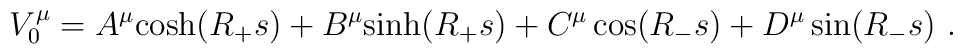
V_{0}^{\mu}=A^{\mu}{\rm cosh}(R_{+}s)+B^{\mu}{\rm sinh}(R_{+}s)+C^{\mu}\cos (R_{-}s)+D^{\mu}\sin (R_{-}s)~.